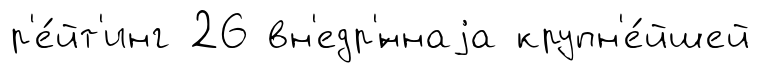
р'е́йт'инг 26 вн'едр'́ннаjа крупн'е́йшей